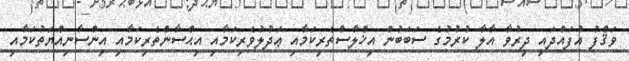
ވަޤްފު އުފައްދައި ދިރުވާ އާލާ ކުރުމުގެ ސަބަބުން އިޚްލާސްތެރިކަމާއި ޢަދުލުވެރިކަމާއި އިޙްސާންތެރިކަމާއި އިންސާނިއްޔަތުކަމާއި